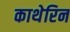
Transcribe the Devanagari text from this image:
काथेरिन